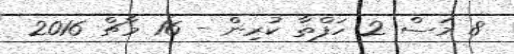
8 މަސް 2 ހަފްތާ ކުރިން - 16 މާޗް 2016